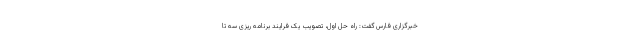
خبرگزاری فارس گفت: راه حل اول، تصویب یک فرایند برنامه ریزی سه تا